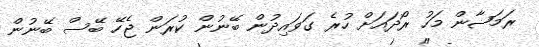
ރަމަޟާން މަހު ރޯދައަށް ހުރެ ގަވައިދުން ބޭނުން ކުރަން ޖެހޭ ބޭސް ބޭނުން